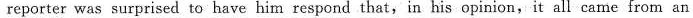
reporter was surprised to have him respond that,in his opinion,it all came from an